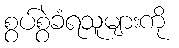
စွပ်စွဲခံရသူများကို